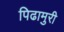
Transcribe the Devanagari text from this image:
पिढामुरी